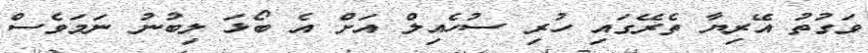
ވަގުތު އޭރިޔާ ތެރޭގައި ހުރި ސުހެއިލް އަށް އެ ބޯޅަ ލިބުނު ނަމަވެސް